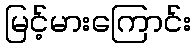
မြင့်မားကြောင်း